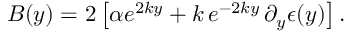
B ( y ) = 2 \left[ \alpha e ^ { 2 k y } + k \, e ^ { - 2 k y } \, \partial _ { y } \epsilon ( y ) \right] .